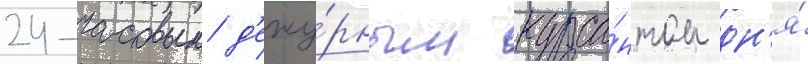
24-часовым д'ежу́рным курса́нтом дн'я́